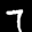
Digit: 7